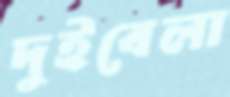
দুইবেলা